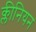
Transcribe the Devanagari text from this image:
क्लीनियन